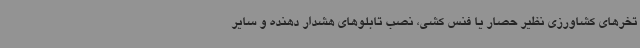
تخرهای کشاورزی نظیر حصار یا فنس کشی، نصب تابلوهای هشدار دهنده و سایر